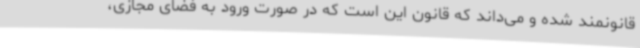
قانونمند شده و می‌داند که قانون این است که در صورت ورود به فضای مجازی،